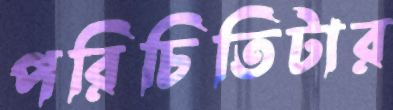
পরিচিতিটার